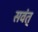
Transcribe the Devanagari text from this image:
सवंत्‌